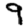
Digit: 9